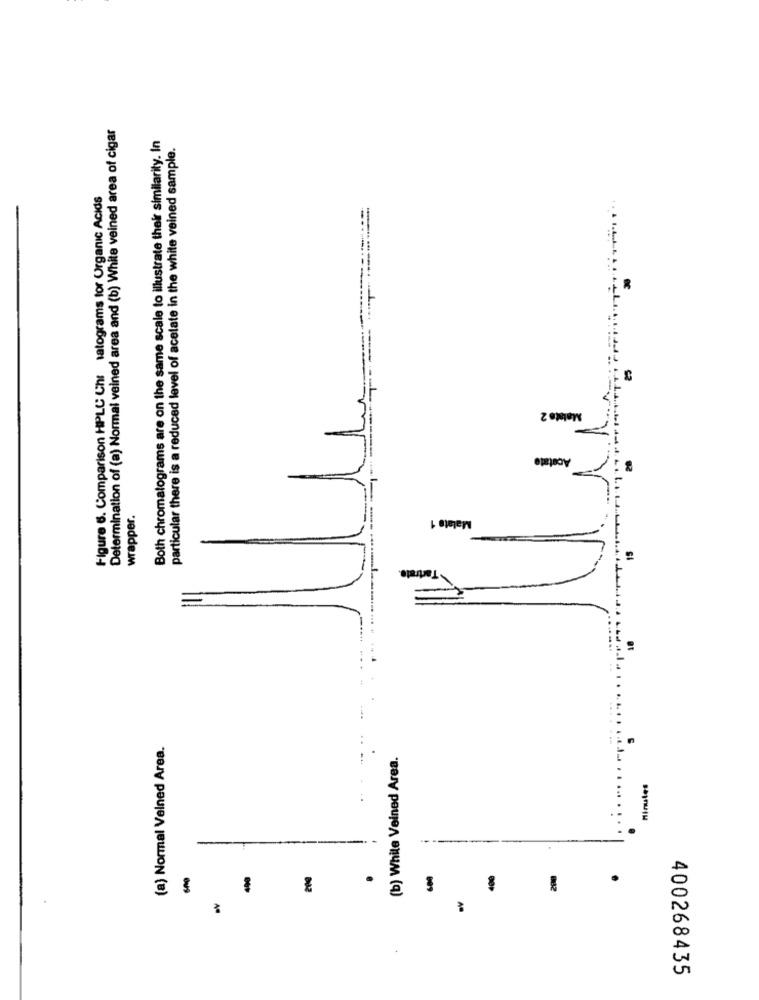
Determination of (a) Normal veined area and (b) White veined area of cigar
Both chromatograms are on the same scale to illustrate their similarity. In
particular there is a reduced level of acetate in the white veined sample.
Figure 6. Comparison HPLC Ch: latograms tor Organic Acids
Malato 2
Acetat
wrapper.
Malate 1
Tartrate.
(a) Normal Velned Area.
(b) While Veined Area.
Minutes
----
200
60
400
400268435